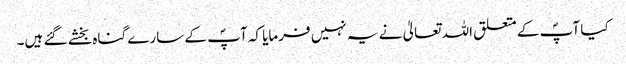
کیا آپؐ کے متعلق اللہ تعالیٰ نے یہ نہیں فرمایا کہ آپؐ کے سارے گناہ بخشے گئے ہیں۔